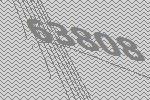
63808